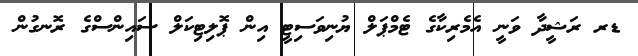
ޑރ ރަޝީދާ ވަނީ އެމެރިކާގެ ޓެމްޕަލް ޔުނިވަސިޓީ އިން ޕޮލިޓިކަލް ސައިންސްގެ ރޮނގުން